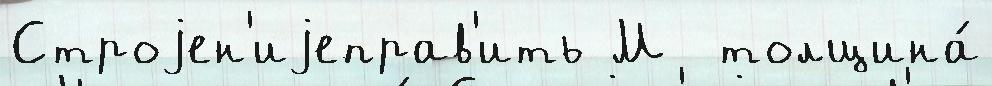
Строjен'иjеправ'ить М  толщина́